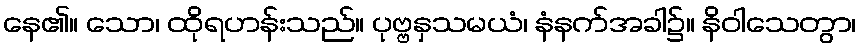
နေ၏။ သော၊ ထိုရဟန်းသည်။ ပုဗ္ဗနှသမယံ၊ နံနက်အခါ၌။ နိဝါသေတွာ၊